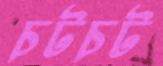
চটচট